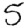
Digit: 5